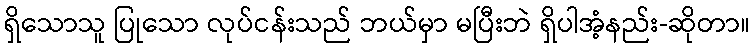
ရှိသောသူ ပြုသော လုပ်ငန်းသည် ဘယ်မှာ မပြီးဘဲ ရှိပါအံ့နည်း-ဆိုတာ။